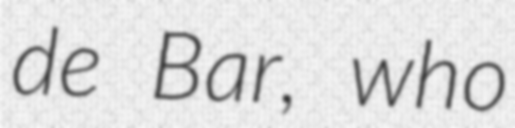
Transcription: de Bar, who